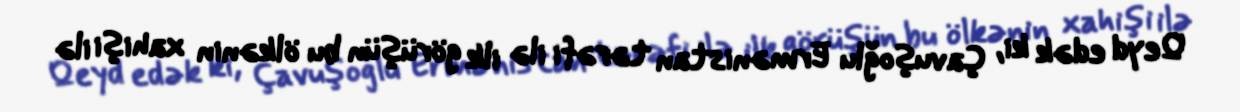
Qeyd edək ki, Çavuşoğlu Ermənistan tərəfi ilə ilk görüşün bu ölkənin xahişi ilə